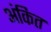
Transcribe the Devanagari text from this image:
अंकित